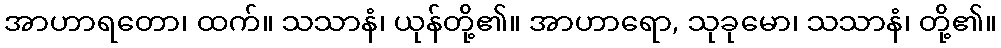
အာဟာရတော၊ ထက်။ သသာနံ၊ ယုန်တို့၏။ အာဟာရော, သုခုမော၊ သသာနံ၊ တို့၏။